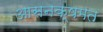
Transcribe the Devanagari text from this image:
आसनक्षमत